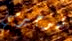
نيوجيرسي